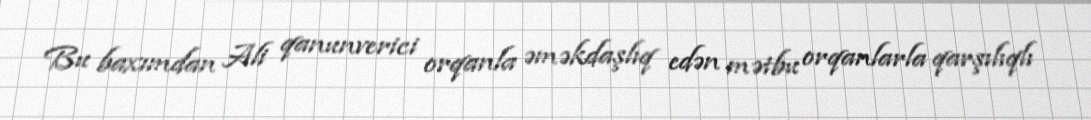
Bu baxımdan Ali qanunverici orqanla əməkdaşlıq edən mətbu orqanlarla qarşılıqlı